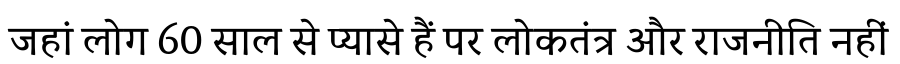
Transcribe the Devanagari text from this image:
जहां लोग 60 साल से प्यासे हैं पर लोकतंत्र और राजनीति नहीं